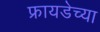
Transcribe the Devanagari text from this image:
फ्रायडेच्या